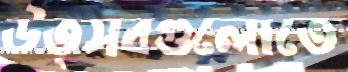
উত্সবগুলোতে